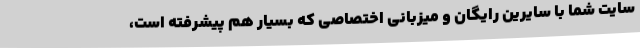
سایت شما با سایرین رایگان و میزبانی اختصاصی که بسیار هم پیشرفته است،